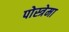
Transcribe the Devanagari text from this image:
पोस्त्रेमा